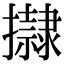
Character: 𢸀